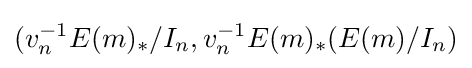
(v_{n}^{-1}E(m)_{*}/I_{n},v_{n}^{-1}E(m)_{*}(E(m)/I_{n})